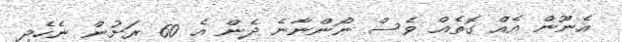
އެނޫން އެއް ގޮތެއް ވެސް ނޯންނާނެ ދެން އެ 60 ރަށުން ނެހެދި